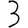
Digit: 3